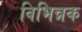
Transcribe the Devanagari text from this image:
विभिन्नक